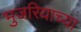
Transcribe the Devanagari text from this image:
भुजरियाच्या